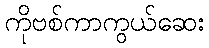
ကိုဗစ်ကာကွယ်ဆေး